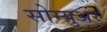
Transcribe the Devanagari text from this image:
सोम्युअर